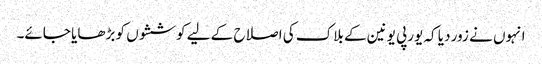
انہوں نے زور دیا کہ یورپی یونین کے بلاک کی اصلاح کے لیے کوششوں کو بڑھایا جائے۔